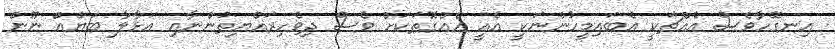
އިނގޭހާވެސް އެއްޗަކީ އެބައިމީހުންނަކީ އެއީ އެއްގޮތަކަށް ވެސް ދިވެހިރައްޔިތުންނާއި އަޅާލާ ބަޔެއް ނޫން